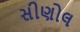
સીણોલ